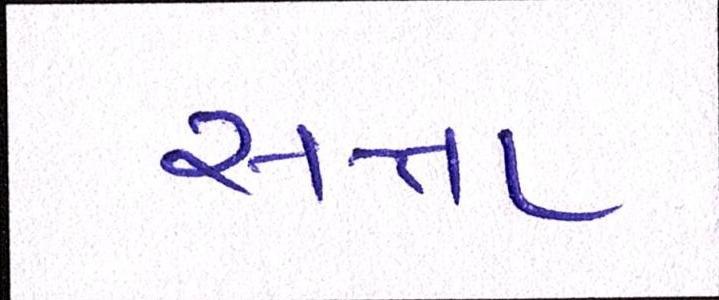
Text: સત્તા